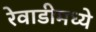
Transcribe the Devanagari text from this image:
रेवाडीमध्ये